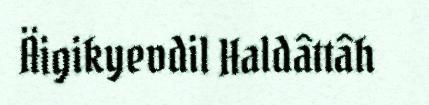
Äigikyevdil Haldâttâh